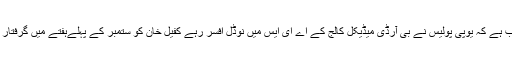
غورطلب ہے کہ یوپی پولیس نے بی آرڈی میڈیکل کالج کے اے ای ایس میں نوڈل افسر رہے کفیل خان کو ستمبر کے پہلےہفتے میں گرفتار کیا تھا۔